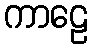
ကာဠေ